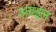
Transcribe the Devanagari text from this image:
अग्रइल